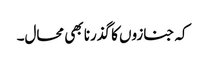
کہ جنازوں کا گذرنا بھی محال۔